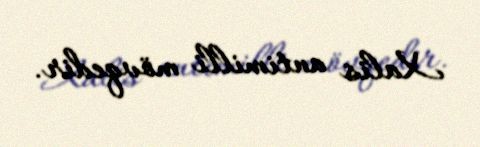
Xalis antimilli mövqedir.